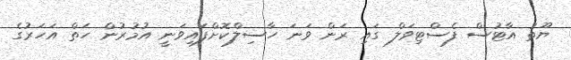
ޔޫތު އާޓުސް ފެސްޓިވަލް ގައި ރަން ވަނަ ހާސިލްކޮށްފައިވަނީ އުމުރުން ހަތް އަހަރުގެ